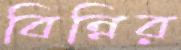
বিন্নির